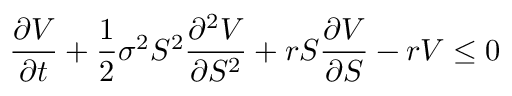
{ \frac { \partial V } { \partial t } } + { \frac { 1 } { 2 } } \sigma ^ { 2 } S ^ { 2 } { \frac { \partial ^ { 2 } V } { \partial S ^ { 2 } } } + r S { \frac { \partial V } { \partial S } } - r V \leq 0